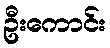
ဦးကောင်း